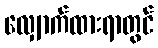
လျှောက်ထားရာတွင်